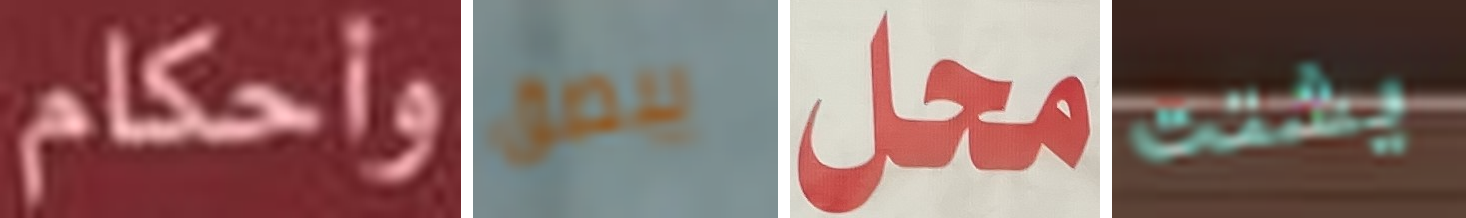
وأحكام يبصق محل يشتت